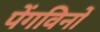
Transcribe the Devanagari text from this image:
पेंगविनों